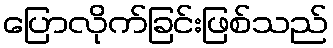
ပြောလိုက်ခြင်းဖြစ်သည်